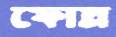
ফোস্‌লা